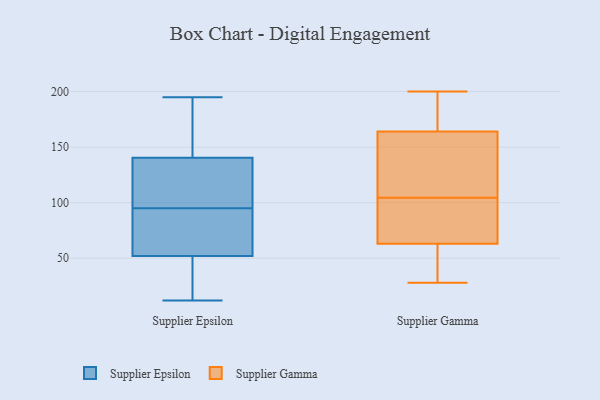
{"axis": {"x": "Customer Acquisition Cost (USD)", "y": "Value"}, "legend": ["Supplier Epsilon", "Supplier Gamma"], "data": [{"x": "", "y": 12, "type": "Supplier Epsilon"}, {"x": "", "y": 156, "type": "Supplier Epsilon"}, {"x": "", "y": 125, "type": "Supplier Epsilon"}, {"x": "", "y": 74, "type": "Supplier Epsilon"}, {"x": "", "y": 195, "type": "Supplier Epsilon"}, {"x": "", "y": 73, "type": "Supplier Epsilon"}, {"x": "", "y": 21, "type": "Supplier Epsilon"}, {"x": "", "y": 20, "type": "Supplier Epsilon"}, {"x": "", "y": 142, "type": "Supplier Epsilon"}, {"x": "", "y": 166, "type": "Supplier Epsilon"}, {"x": "", "y": 136, "type": "Supplier Epsilon"}, {"x": "", "y": 109, "type": "Supplier Epsilon"}, {"x": "", "y": 45, "type": "Supplier Epsilon"}, {"x": "", "y": 74, "type": "Supplier Epsilon"}, {"x": "", "y": 95, "type": "Supplier Epsilon"}, {"x": "", "y": 102, "type": "Supplier Gamma"}, {"x": "", "y": 193, "type": "Supplier Gamma"}, {"x": "", "y": 158, "type": "Supplier Gamma"}, {"x": "", "y": 164, "type": "Supplier Gamma"}, {"x": "", "y": 28, "type": "Supplier Gamma"}, {"x": "", "y": 51, "type": "Supplier Gamma"}, {"x": "", "y": 200, "type": "Supplier Gamma"}, {"x": "", "y": 63, "type": "Supplier Gamma"}, {"x": "", "y": 171, "type": "Supplier Gamma"}, {"x": "", "y": 107, "type": "Supplier Gamma"}, {"x": "", "y": 83, "type": "Supplier Gamma"}, {"x": "", "y": 34, "type": "Supplier Gamma"}, {"x": "", "y": 87, "type": "Supplier Gamma"}, {"x": "", "y": 147, "type": "Supplier Gamma"}]}